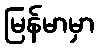
မြန်မာမှာ